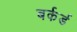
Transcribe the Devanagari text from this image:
बर्कर्ड